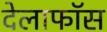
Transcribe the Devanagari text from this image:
देलाफॉस